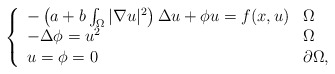
\begin{align*} \left\{ \begin{array}{ll} -\left(a+b\int_{\Omega}|\nabla u|^{2}\right)\Delta u +\phi u= f(x, u) &\Omega \hbox{} \\ -\Delta \phi= u^{2} &\Omega \hbox{} \\ u=\phi=0&\partial\Omega, \hbox{} \end{array} \right.\end{align*}